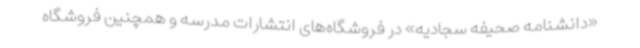
«دانشنامه صحیفه سجادیه» در فروشگاه‌های انتشارات مدرسه و همچنین فروشگاه